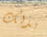
بذلك